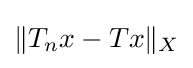
\|T_{n}x-Tx\|_{X}